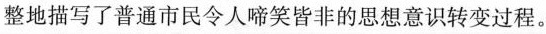
整地描写了普通市民令人啼笑皆非的思想意识转变过程。